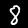
Digit: 8